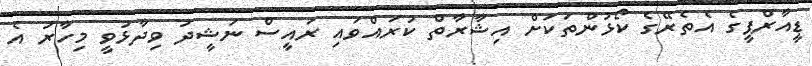
ޑީއާރްޕީގެ އެތެރޭގެ ކޯޅުންތަކަށް އިޝާރާތް ކުރައްވައި ރައީސް ނަޝީދު ވިދާޅުވީ މިހާރު އެ